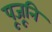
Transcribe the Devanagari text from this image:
पूजूनि